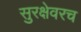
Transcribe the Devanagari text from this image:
सुरक्षेवरच